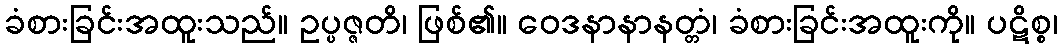
ခံစားခြင်းအထူးသည်။ ဥပ္ပဇ္ဇတိ၊ ဖြစ်၏။ ဝေဒနာနာနတ္တံ၊ ခံစားခြင်းအထူးကို။ ပဋိစ္စ၊